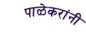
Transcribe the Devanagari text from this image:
पाळेकरांनी